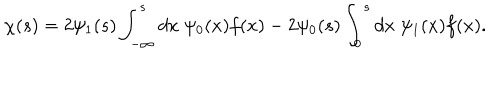
LaTeX: \chi ( s ) = 2 \psi _ { 1 } ( s ) \int _ { - \infty } ^ { s } d x \; \psi _ { 0 } ( x ) f ( x ) - 2 \psi _ { 0 } ( s ) \int _ { 0 } ^ { s } d x \; \psi _ { 1 } ( x ) f ( x ) .